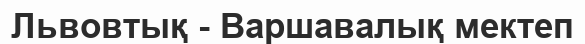
Львовтық - Варшавалық мектеп